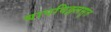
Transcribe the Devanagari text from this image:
बापविठ्ठलसुत